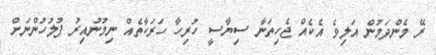
ރޭ މެންދަމުން އަލިވެ އެކެއް ޖެހިތަނާ ސިޔާސީ ހުރިހާ ހަރަކާތެއް ނިމުނުއިރު ފުލުހުންނަށް